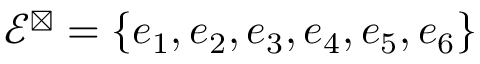
\mathcal { E } ^ { \boxtimes } = \{ e _ { 1 } , e _ { 2 } , e _ { 3 } , e _ { 4 } , e _ { 5 } , e _ { 6 } \}